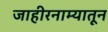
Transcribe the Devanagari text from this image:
जाहीरनाम्यातून